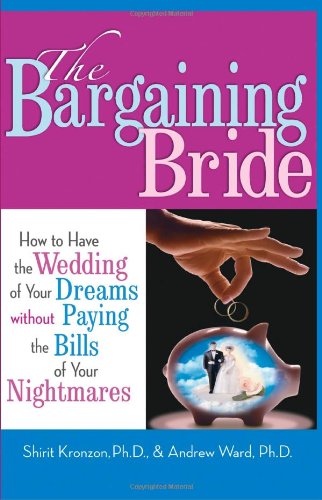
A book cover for The Bargaining Bride: How to Have the Wedding of Your Dreams without Paying the Bills of Your Nightmares; Shirit Kronzon; Crafts, Hobbies & Home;